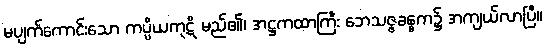
မပျက်ကောင်းသော ကပ္ပိယကုဋိ မည်၏၊ အဋ္ဌကထာကြီး ဘေသဇ္ဇခန္ဓက၌ အကျယ်လာပြီ။